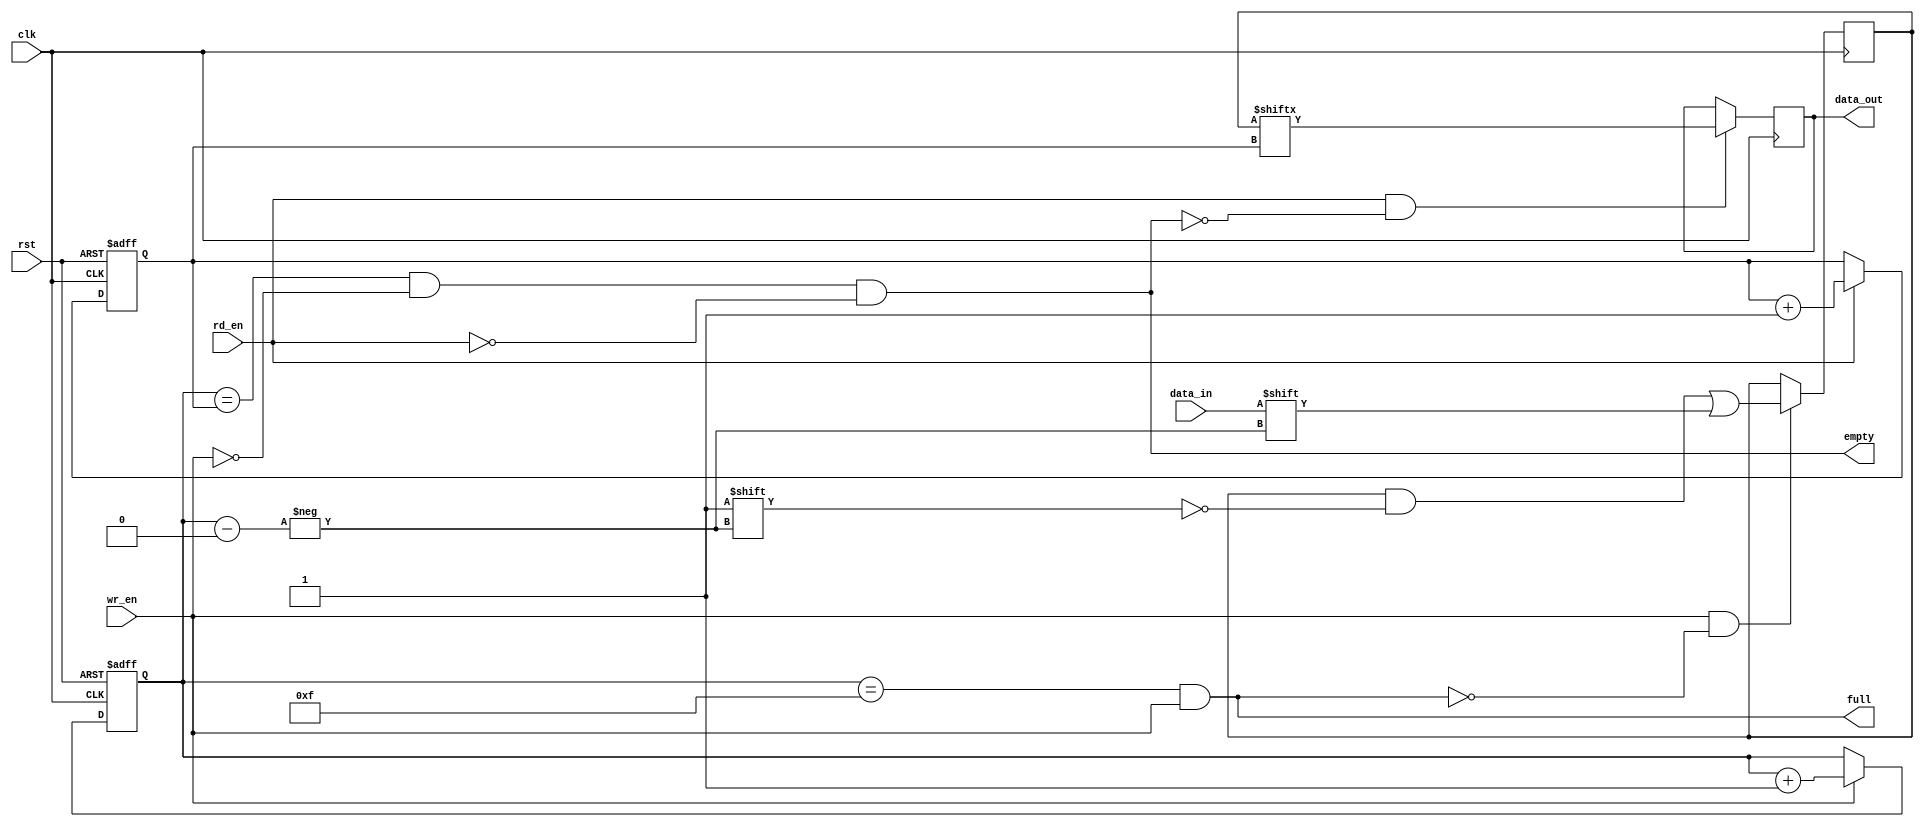
module synchronous_fifo (
    input wire clk,              // Clock input
    input wire rst,              // Reset input
    input wire wr_en,            // Write enable input
    input wire rd_en,            // Read enable input
    input wire data_in,          // Data input
    output wire data_out,        // Data output
    output wire full,            // Full flag output
    output wire empty            // Empty flag output
);

parameter FIFO_DEPTH = 16;      // Depth of the FIFO
parameter POINTER_WIDTH = $clog2(FIFO_DEPTH);  // Width of the pointers

reg [POINTER_WIDTH-1:0] wr_ptr, rd_ptr;    // Write and read pointers
wire [POINTER_WIDTH-1:0] next_wr_ptr, next_rd_ptr;  // Next write and read pointers

reg [FIFO_DEPTH-1:0] fifo_mem;  // Memory for FIFO elements

// Write pointer logic
assign next_wr_ptr = wr_en ? (wr_ptr + 1) : wr_ptr;
always @(posedge clk or posedge rst) begin
    if (rst) begin
        wr_ptr <= 0;
    end else begin
        wr_ptr <= next_wr_ptr;
    end
end

// Read pointer logic
assign next_rd_ptr = rd_en ? (rd_ptr + 1) : rd_ptr;
always @(posedge clk or posedge rst) begin
    if (rst) begin
        rd_ptr <= 0;
    end else begin
        rd_ptr <= next_rd_ptr;
    end
end

// FIFO memory read and write logic
always @(posedge clk) begin
    if (wr_en && !full) begin
        fifo_mem[wr_ptr] <= data_in;
    end
    
    if (rd_en && !empty) begin
        data_out <= fifo_mem[rd_ptr];
    end
end

// Full and empty flag logic
assign full = (wr_ptr == (FIFO_DEPTH-1) && wr_en);
assign empty = (wr_ptr == rd_ptr && !wr_en && !rd_en);

endmodule